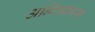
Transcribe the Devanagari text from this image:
अन्ग्लिकान्स